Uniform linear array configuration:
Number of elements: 4
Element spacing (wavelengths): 0.25
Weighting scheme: exponential
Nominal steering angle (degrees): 0
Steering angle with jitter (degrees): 1.511
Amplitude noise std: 0.05
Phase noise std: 0.05

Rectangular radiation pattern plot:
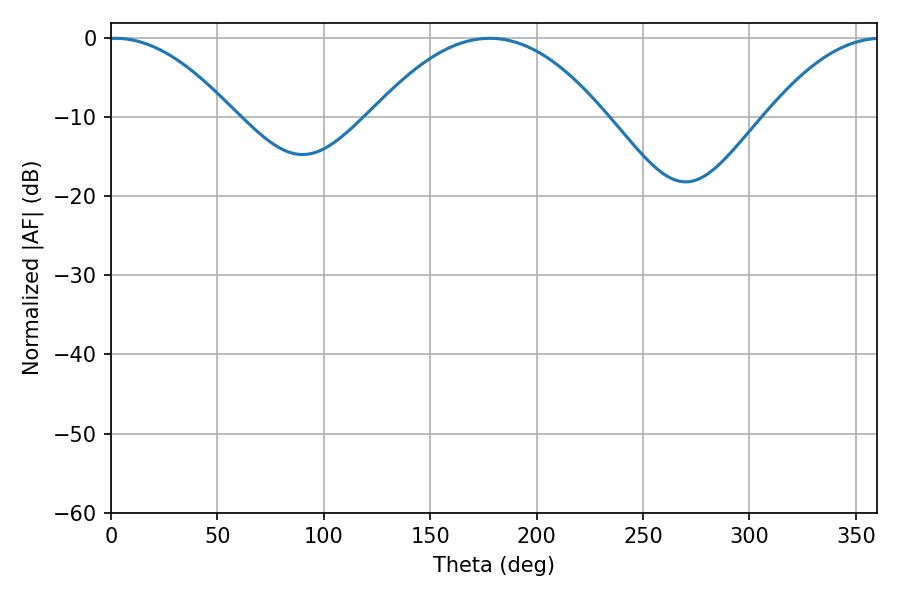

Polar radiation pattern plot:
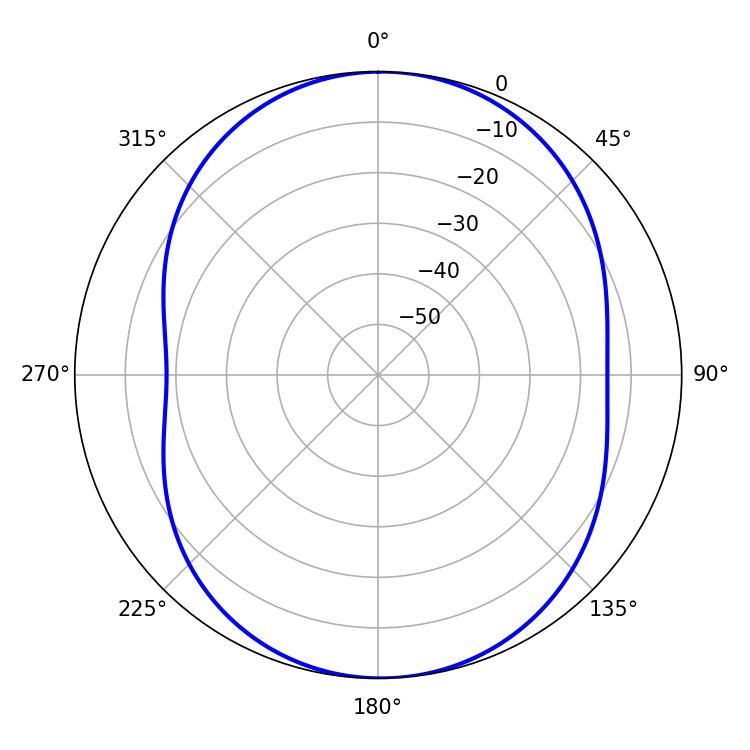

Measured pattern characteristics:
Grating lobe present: FALSE
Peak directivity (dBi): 12.903
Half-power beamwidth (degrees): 32.58
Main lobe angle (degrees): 1.98